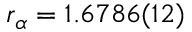
r _ { \alpha } = 1 . 6 7 8 6 ( 1 2 )